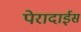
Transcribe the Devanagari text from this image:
पेरादाईस